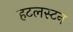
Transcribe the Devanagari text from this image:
हटलस्टन